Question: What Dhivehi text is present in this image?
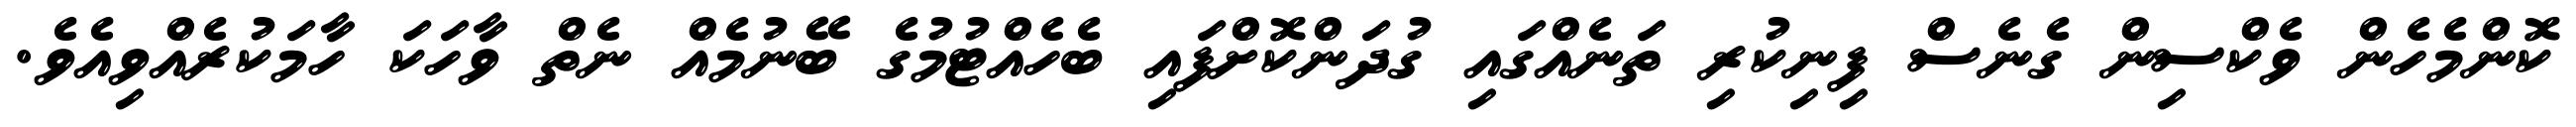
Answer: ކޮންމެހެން ވެކްސިން ގެނެސް ފިނިކުރި ތަނެއްގައި ގުދަންކޮށްފައި ބެހެއްޓުމުގެ ބޭނުމެއް ނެތް ވާހަކަ ހާމަކުރެއްވިއެވެ.